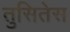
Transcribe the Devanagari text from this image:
तुसितेस